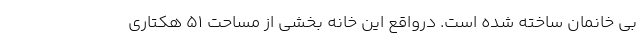
بی خانمان ساخته شده است. درواقع این خانه بخشی از مساحت ۵۱ هکتاری